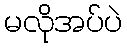
မလိုအပ်ပဲ